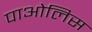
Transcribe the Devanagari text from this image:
पाओलिस